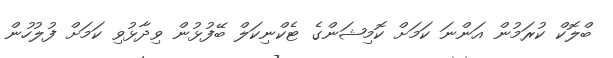
ބްލޮކް ކުރަމުން އަންނަ ކަމަށް ކޮމިޝަންގެ ޓެކްނިކަލް ބޭފުޅުން ވިދާޅުވި ކަމަށް ފުލުހުން